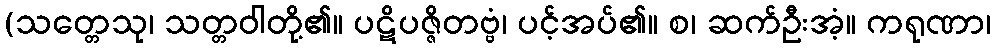
(သတ္တေသု၊ သတ္တဝါတို့၏။ ပဋိပဇ္ဇိတဗ္ဗံ၊ ပင့်အပ်၏။ စ၊ ဆက်ဦးအံ့။ ကရုဏာ၊